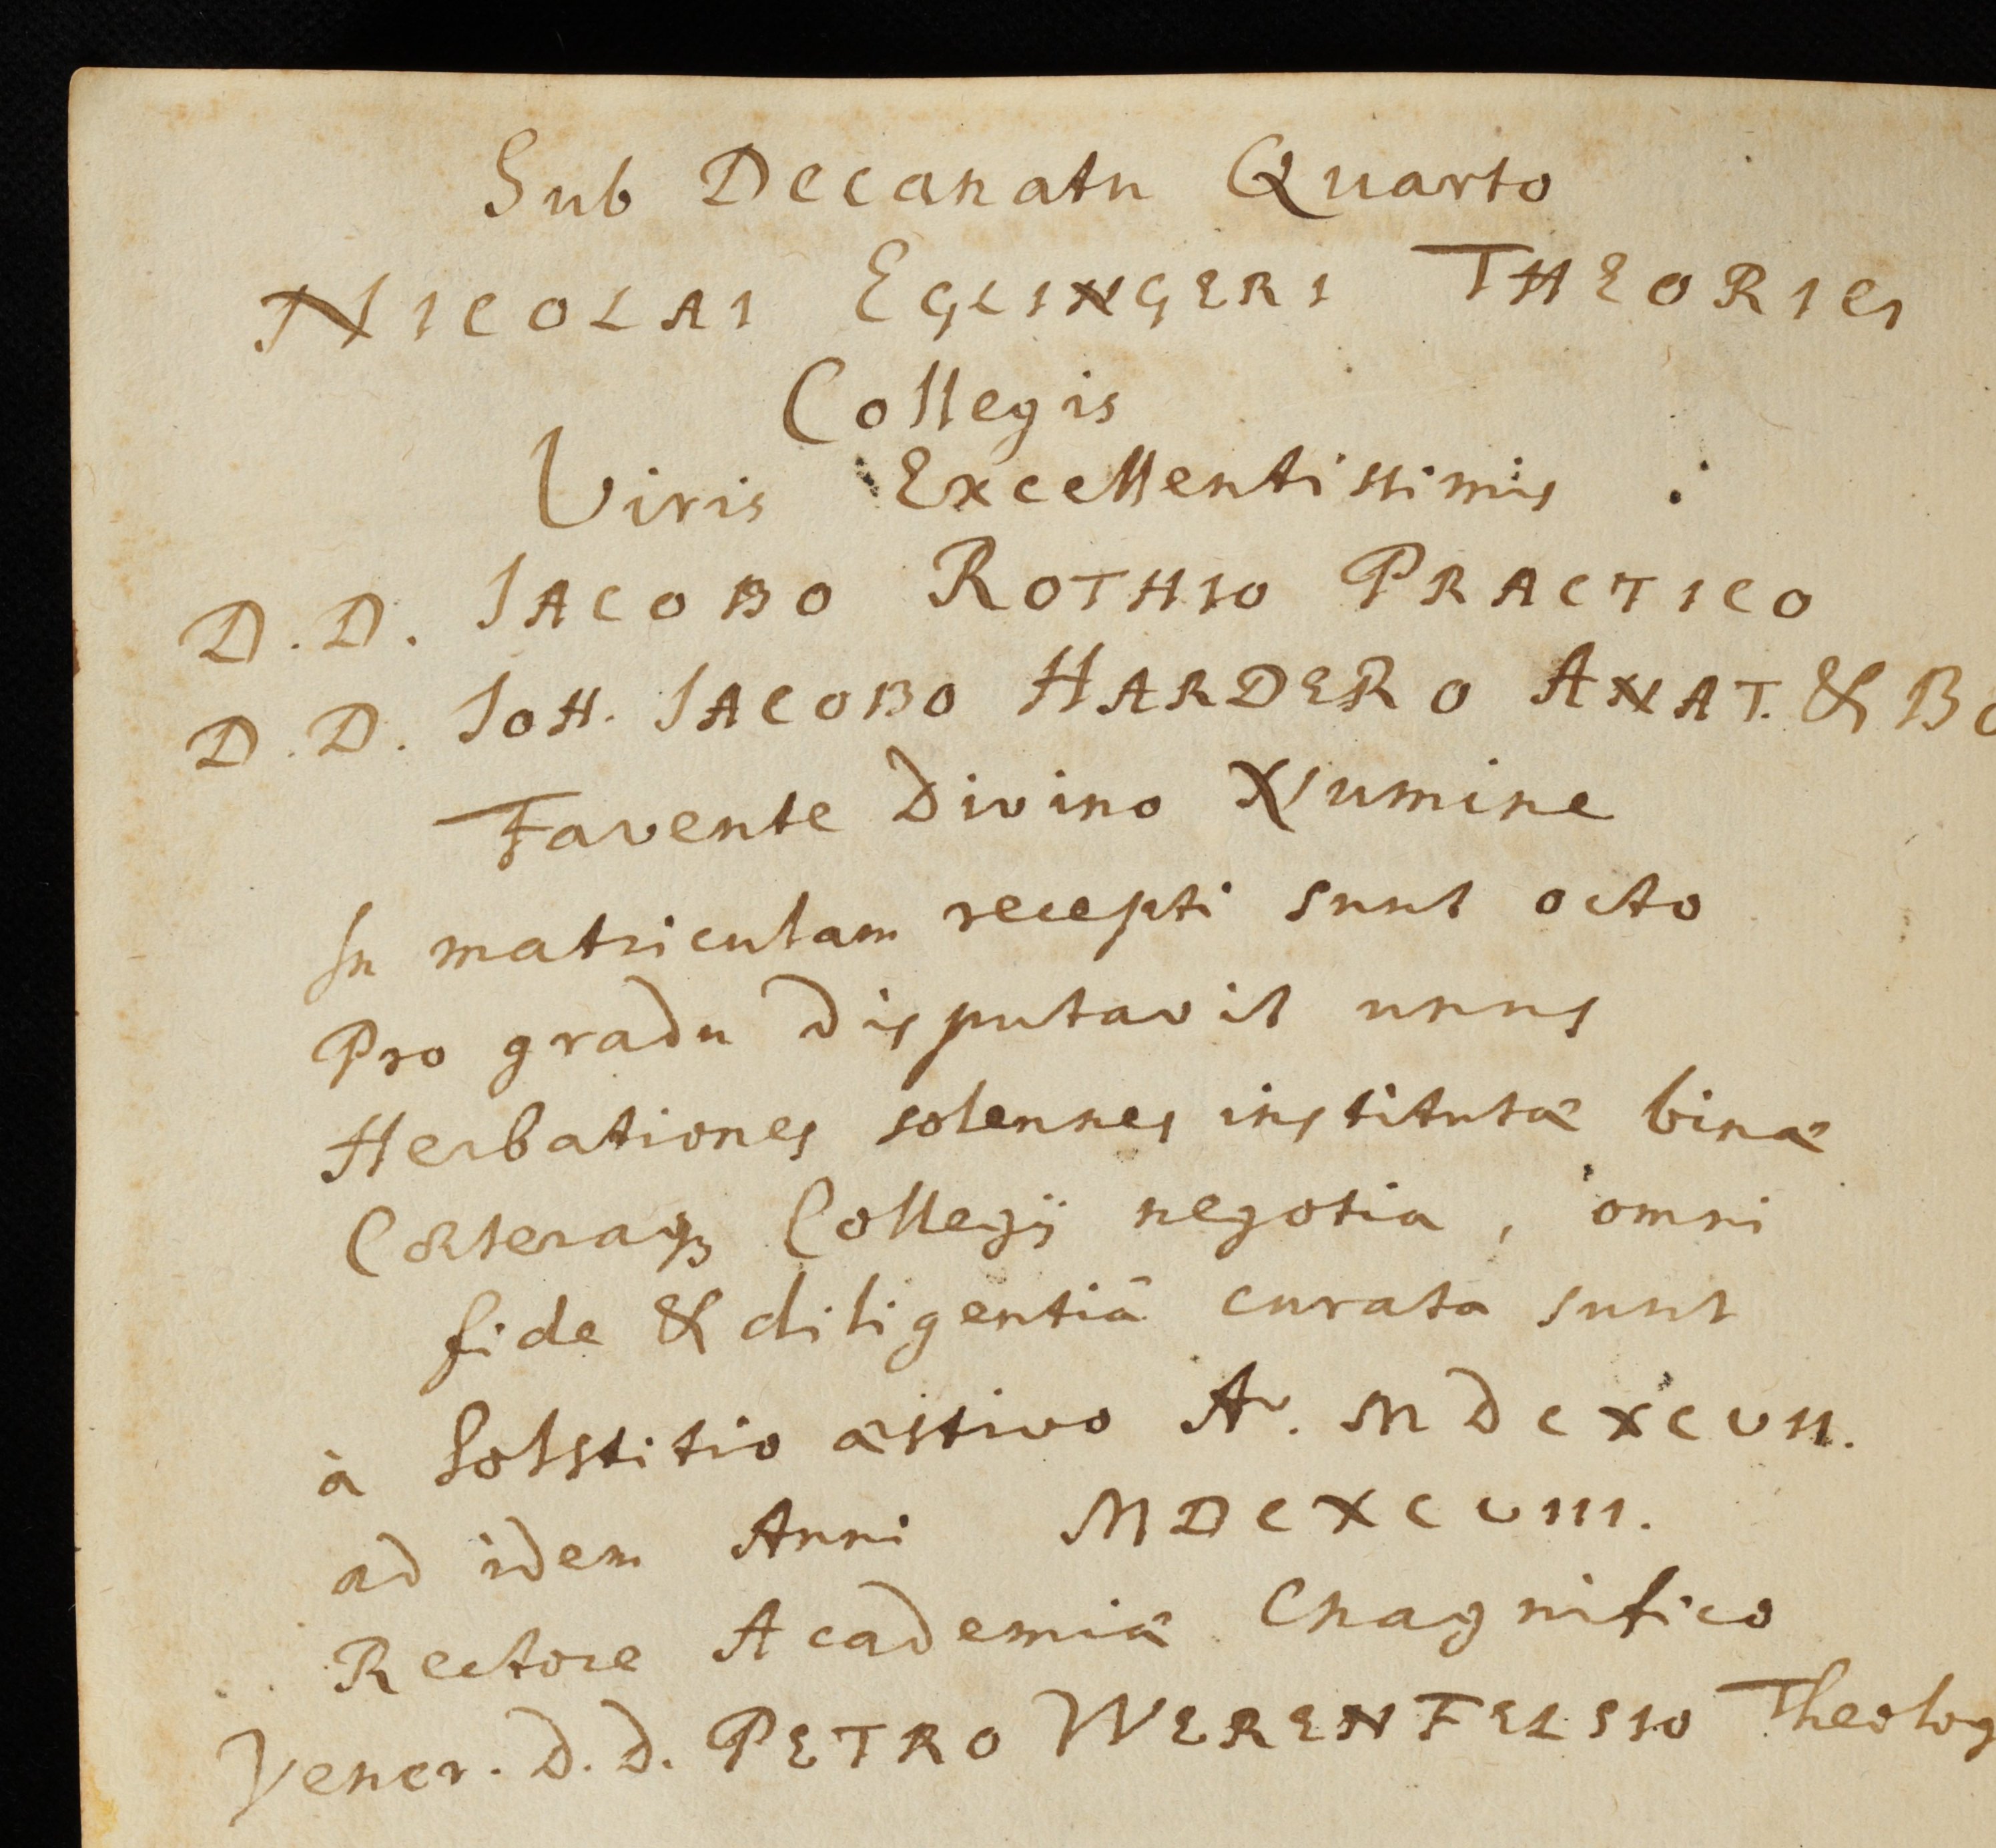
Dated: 1559–1800